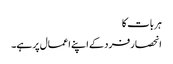
ہر بات کا
انحصار فرد کے اپنے اعمال پر ہے۔